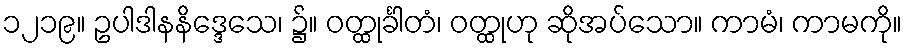
၁၂၁၉။ ဥပါဒါနနိဒ္ဒေသေ၊ ၌။ ဝတ္ထုင်္ခါတံ၊ ဝတ္ထုဟု ဆိုအပ်သော။ ကာမံ၊ ကာမကို။